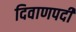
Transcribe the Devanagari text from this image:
दिवाणपदी